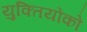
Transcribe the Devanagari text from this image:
युक्तियोंको